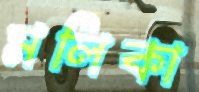
মলিকা